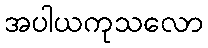
အပါယကုသလော